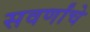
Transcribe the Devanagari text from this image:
सवर्णांचे